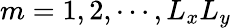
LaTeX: m=1,2,\cdots,L_{x}L_{y}